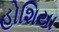
હોશિયા